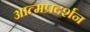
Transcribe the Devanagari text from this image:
आत्मप्रदर्शन